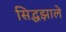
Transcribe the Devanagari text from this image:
सिद्धझाले